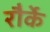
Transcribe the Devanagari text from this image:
रौर्के